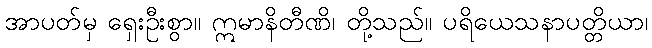
အာပတ်မှ ရှေးဦးစွာ။ ဣမာနိတီဏိ၊ တို့သည်။ ပရိယေသနာပတ္တိယာ၊